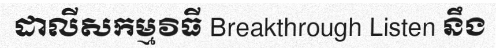
ដាលីសកម្មវិធី Breakthrough Listen នឹង